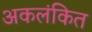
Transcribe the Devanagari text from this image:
अकलंकित